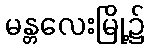
မန္တလေးမြို့၌